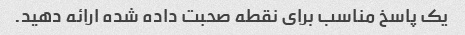
یک پاسخ مناسب برای نقطه صحبت داده شده ارائه دهید.